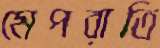
মেপরাতি